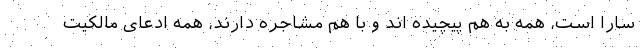
سارا است، همه به هم پیچیده اند و با هم مشاجره دارند، همه ادعای مالکیت